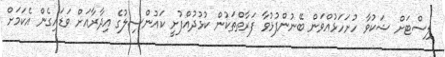
ލިސްޓަށް ޝަކުވާ ހުށަހަޅުއްވަން ބޭނުންފުޅުވާ ފަރާތްތަކުން ކުޅުދުއްފުށީ ކައުންސިލުގެ އިދާރާއަށް ވަޑައިގެން އެކަމަށް